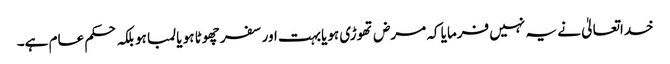
خداتعالیٰ نے یہ نہیں فرمایا کہ مرض تھوڑی ہویابہت اور سفر چھوٹا ہو یا لمبا ہو بلکہ حکم عام ہے۔